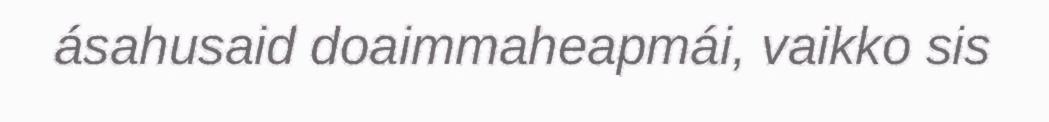
ásahusaid doaimmaheapmái, vaikko sis